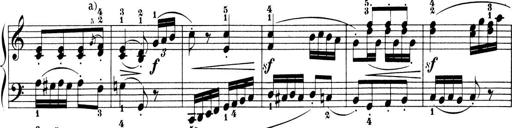
Title: 6 Piano Sonatinas
Composer: Cornelius Gurlitt